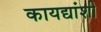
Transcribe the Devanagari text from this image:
कायद्यांशी